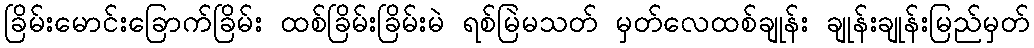
ခြိမ်းမောင်းခြောက်ခြိမ်း ထစ်ခြိမ်းခြိမ်းမဲ ရစ်မြဲမသတ် မှတ်လေထစ်ချုန်း ချုန်းချုန်းမြည်မှတ်